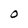
Character: O